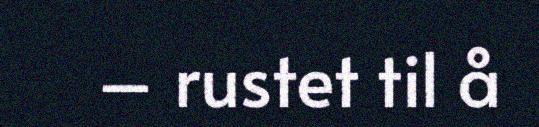
– rustet til å